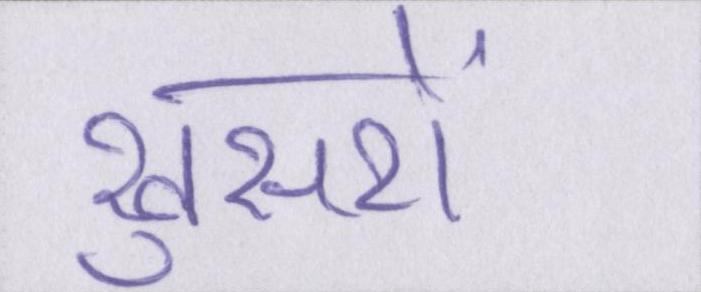
खुसरों